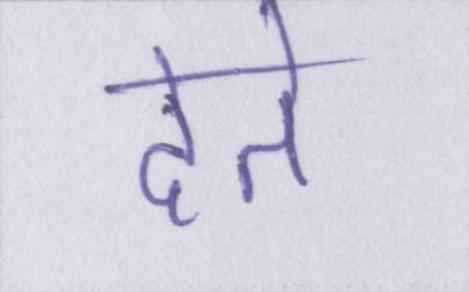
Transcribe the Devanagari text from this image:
देते